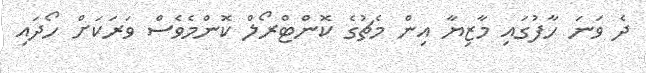
ދެ ވަނަ ހާފުގައި މާޒިޔާ އިން މެޗުގެ ކޮންޓްރޯލް ކޮންމެވެސް ވަރަކަށް ހޯދައި